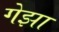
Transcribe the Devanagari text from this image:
गेझा